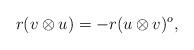
LaTeX: \begin{align*}r(v\otimes u) = -r(u\otimes v)^{o}, \end{align*}